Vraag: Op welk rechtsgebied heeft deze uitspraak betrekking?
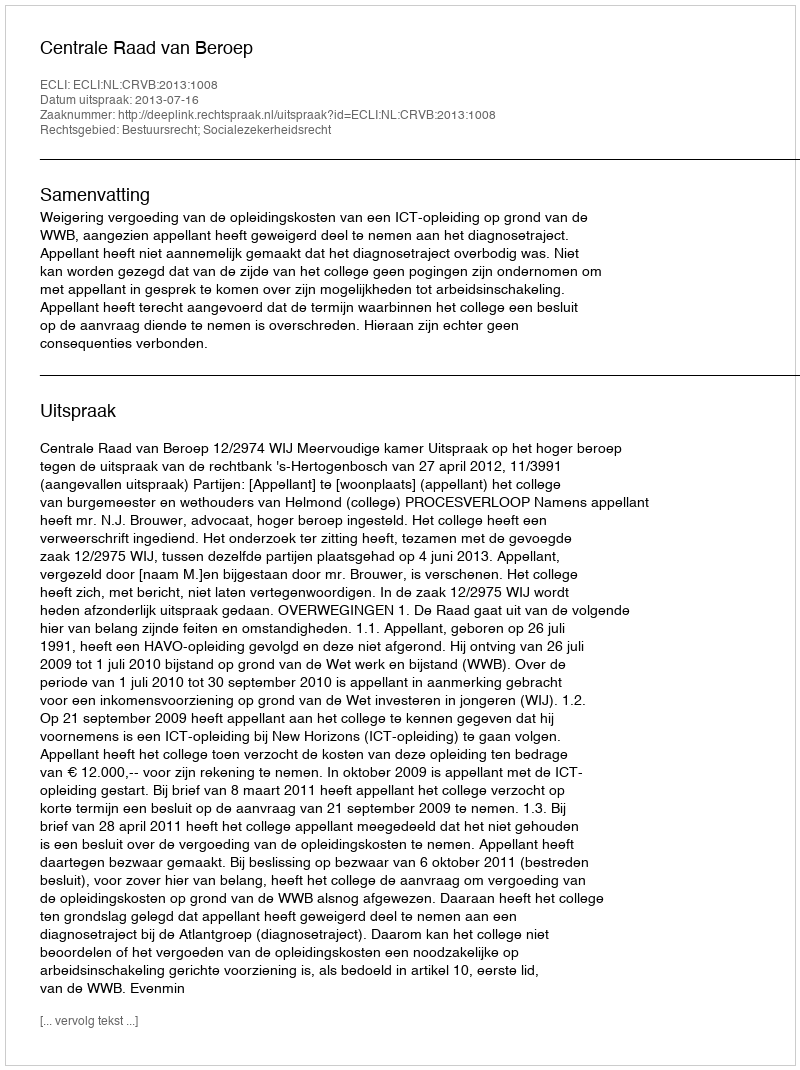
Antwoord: Bestuursrecht; Socialezekerheidsrecht